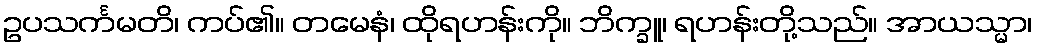
ဥပသင်္ကမတိ၊ ကပ်၏။ တမေနံ၊ ထိုရဟန်းကို။ ဘိက္ခူ၊ ရဟန်းတို့သည်။ အာယသ္မာ၊